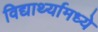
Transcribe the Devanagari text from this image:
विद्यार्थ्यामध्ये